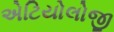
એટિયોલોજી